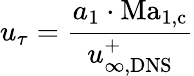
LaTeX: u_{\tau}=\frac{a_{1}\cdot\mathrm{Ma}_{1,\mathrm{c}}}{u_{\infty,\mathrm{DNS}}^{+}}